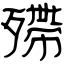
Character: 殢